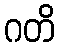
ဂတိ